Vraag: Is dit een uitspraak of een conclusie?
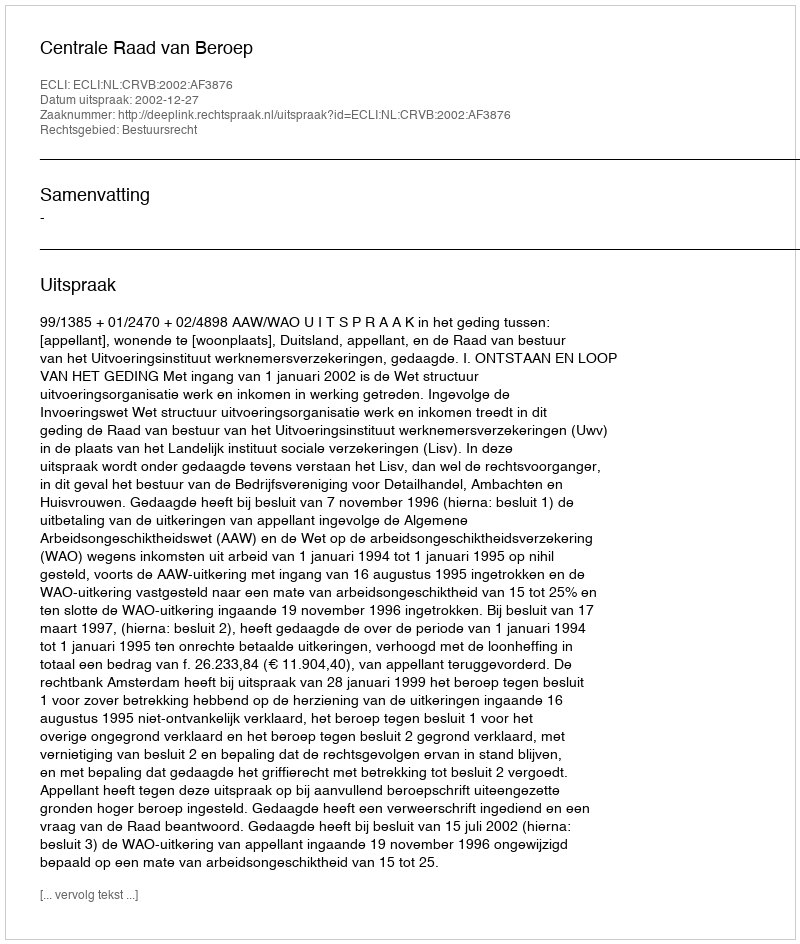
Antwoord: Uitspraak